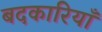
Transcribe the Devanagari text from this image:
बदकारियाँ